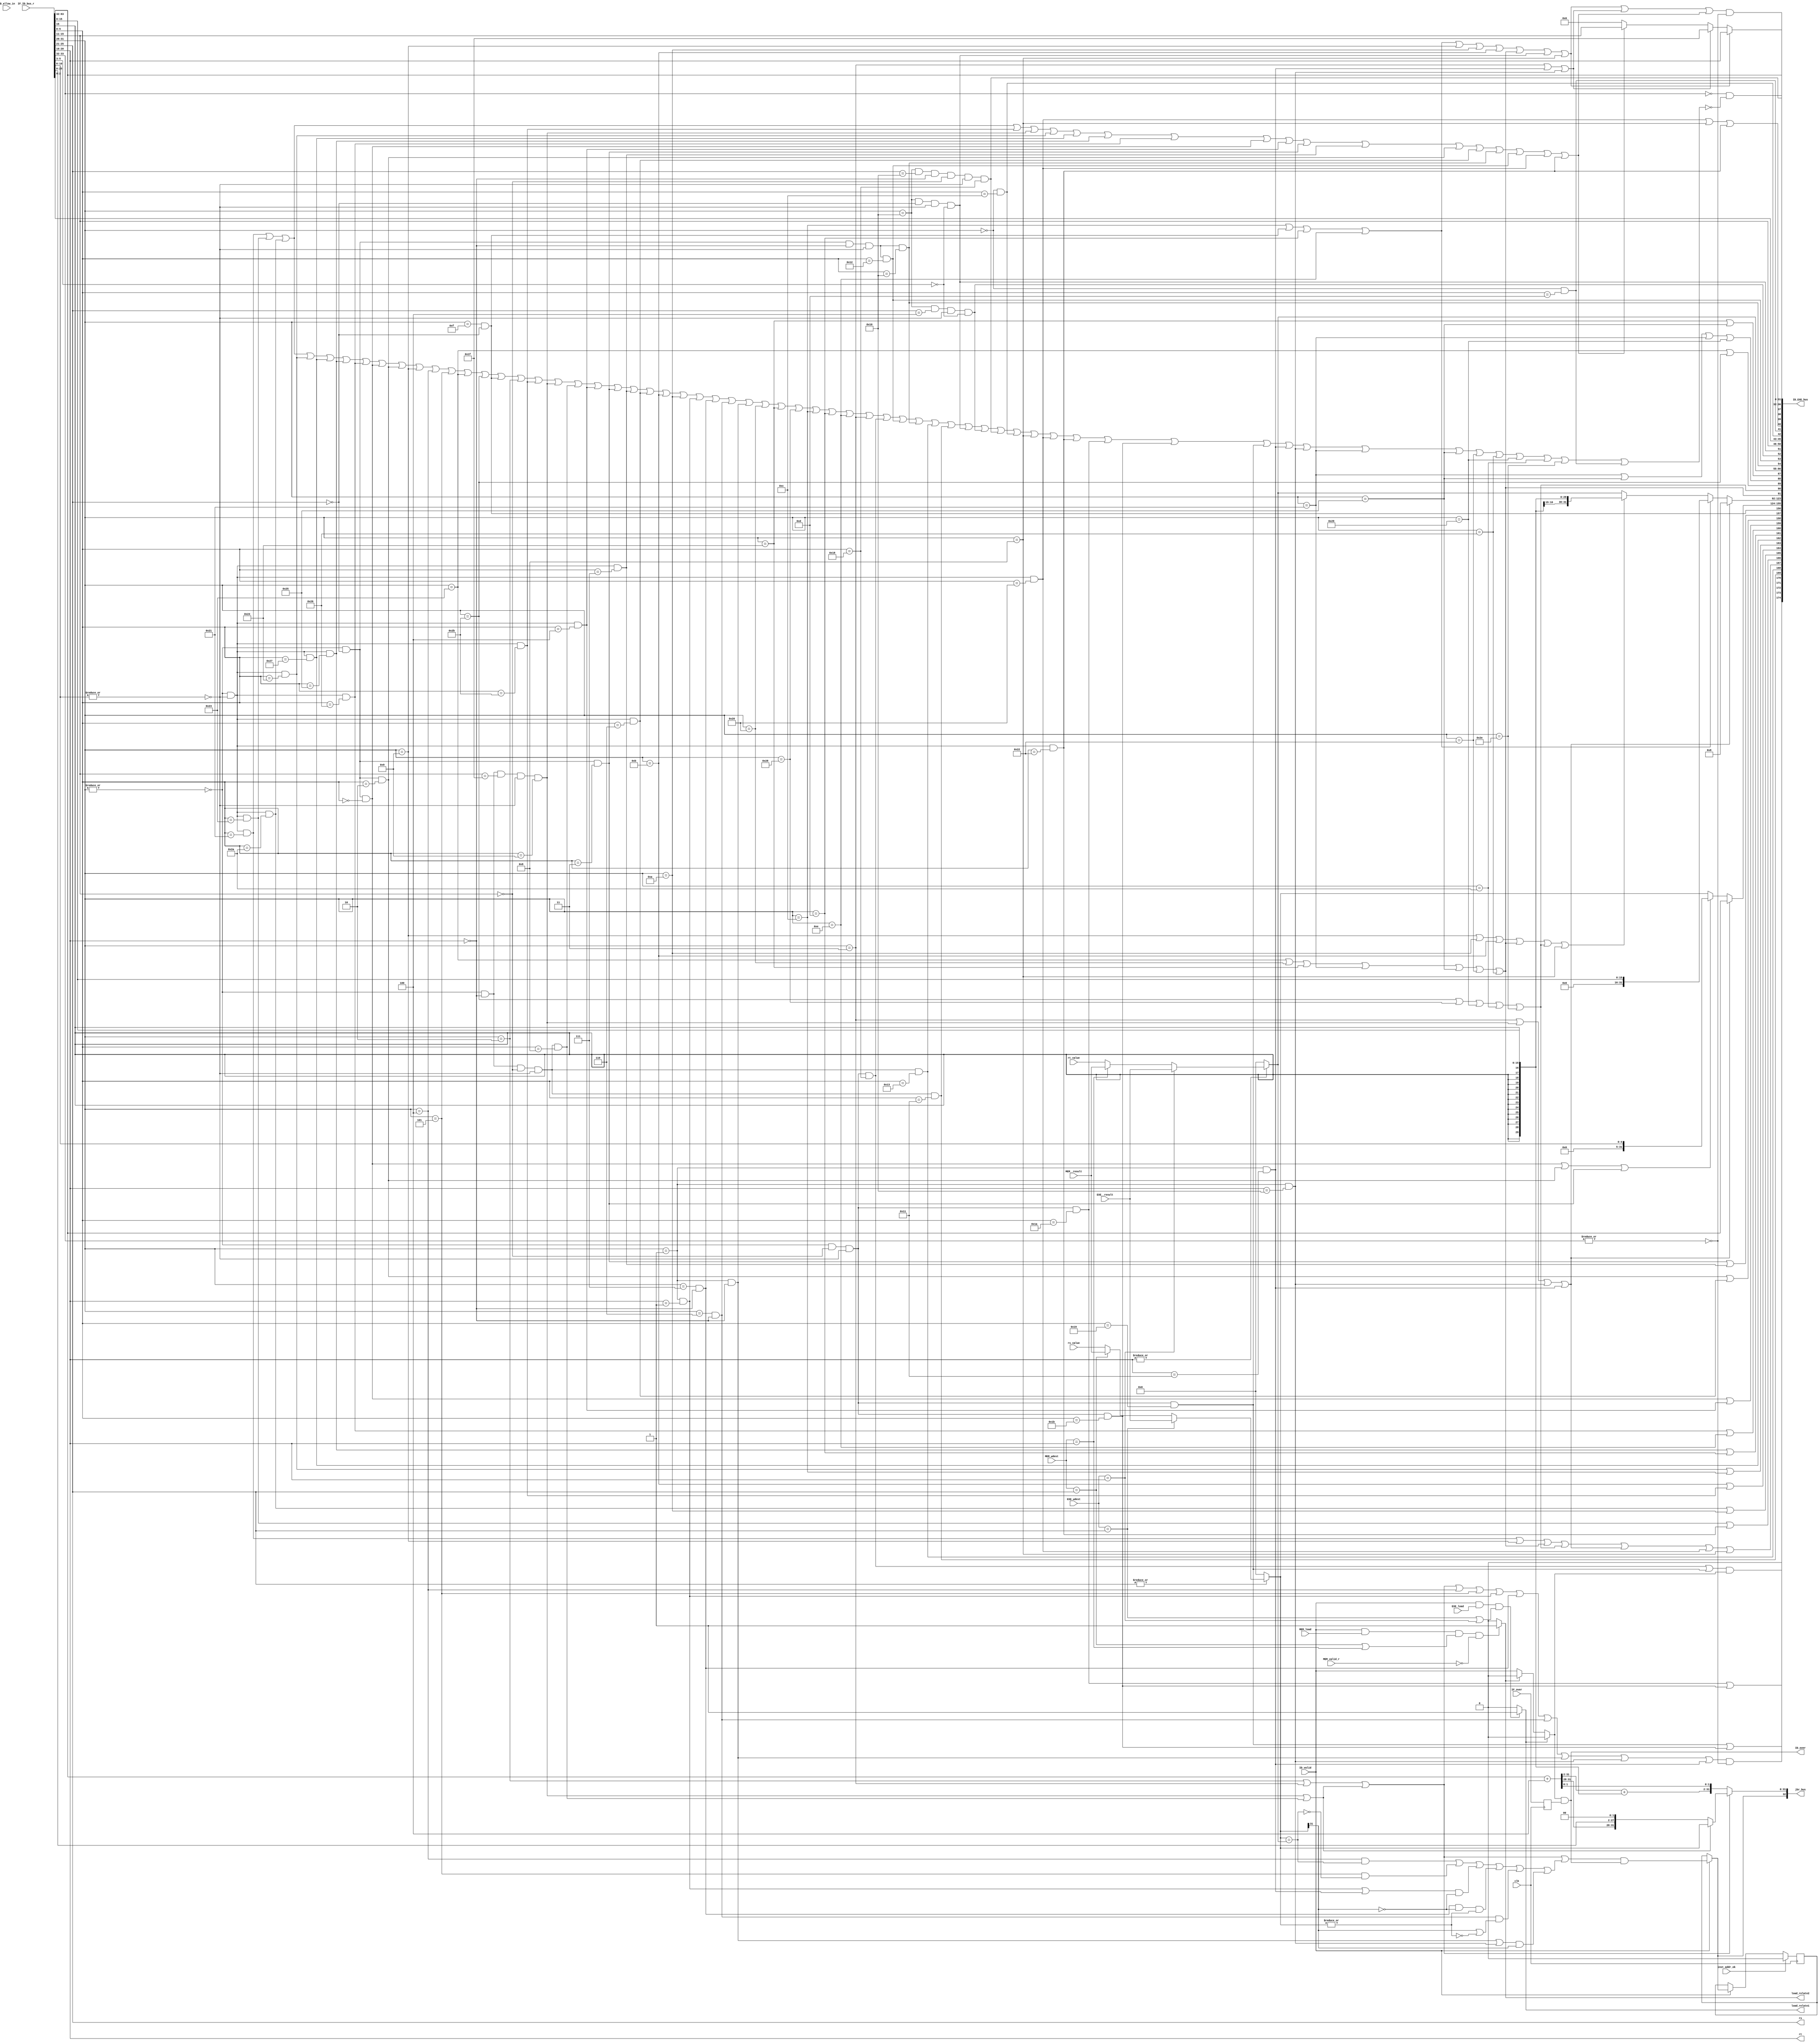
`timescale 1ns / 1ps

module decode(                      
    input              clk,         
    input              ID_valid,    
    input              ID_allow_in,
    input      [ 63:0] IF_ID_bus_r, 
    input      [ 31:0] rs_value,    
    input      [ 31:0] rt_value,    
    output     [  4:0] rs,          
    output     [  4:0] rt,          
    output     [ 32:0] jbr_bus,     
    output             ID_over, 
    output     [174:0] ID_EXE_bus,  
    input              inst_addr_ok ,

    input              IF_over,     
    input      [  4:0] EXE_wdest,   
    input      [ 31:0] EXE__result,
    input              EXE_load,
    input      [  4:0] MEM_wdest,   
    input      [ 31:0] MEM__result,
    input              MEM_load,
    input              MEM_valid_r, 
    output             load_relate1,
    output             load_relate2 
);
//-----{IF->ID}begin
    wire [31:0] pc;
    wire [31:0] inst;
    assign {pc, inst} = IF_ID_bus_r;  // IF->ID
//-----{IF->ID}end

//-----{??}begin
    wire [5:0] op;       
    wire [4:0] rd;       
    wire [4:0] sa;      
    wire [5:0] funct;    
    wire [15:0] imm;     
    wire [15:0] offset;  
    wire [25:0] target;  
    wire [2:0] cp0r_sel;

    assign op     = inst[31:26];  
    assign rs     = inst[25:21];  
    assign rt     = inst[20:16];  
    assign rd     = inst[15:11];  
    assign sa     = inst[10:6];   
    assign funct  = inst[5:0];    
    assign imm    = inst[15:0];   
    assign offset = inst[15:0];   
    assign target = inst[25:0];  
    assign cp0r_sel= inst[2:0];   // cp0 select
    

    wire inst_ADDU, inst_SUBU , inst_SLT , inst_AND;
    wire inst_NOR , inst_OR   , inst_XOR , inst_SLL;
    wire inst_SRL , inst_ADDIU, inst_BEQ , inst_BNE;
    wire inst_LW  , inst_SW   , inst_LUI , inst_J;
    wire inst_SLTU, inst_JALR , inst_JR  , inst_SLLV;
    wire inst_SRA , inst_SRAV , inst_SRLV, inst_SLTIU;
    wire inst_SLTI, inst_BGEZ , inst_BGTZ, inst_BLEZ;
    wire inst_BLTZ, inst_LB   , inst_LBU , inst_SB;
    wire inst_ANDI, inst_ORI  , inst_XORI, inst_JAL;
    wire inst_MULT, inst_MFLO , inst_MFHI, inst_MTLO;
    wire inst_MTHI, inst_MFC0 , inst_MTC0;
    wire inst_ERET, inst_SYSCALL;
    
    wire inst_ADDI, inst_ADD, inst_SUB;

    wire inst_DIV, inst_DIVU, inst_MULTU, inst_BGEZAL, inst_BLTZAL;
    wire inst_LH, inst_LHU, inst_LWL, inst_LWR;
    wire inst_SH, inst_SWL, inst_SWR;

    wire inst_BREAK;
    
    wire op_zero;
    wire sa_zero;
    assign op_zero = ~(|op);
    assign sa_zero = ~(|sa);
    assign inst_ADD   = op_zero & sa_zero & (funct == 6'b100000);
    assign inst_ADDU  = op_zero & sa_zero & (funct == 6'b100001);
    assign inst_ADDIU = (op == 6'b001001);
    assign inst_ADDI  = (op == 6'b001000);
    
    assign inst_SUB   = op_zero & sa_zero & (funct == 6'b100010);
    assign inst_SUBU  = op_zero & sa_zero & (funct == 6'b100011);
    
    assign inst_SLT   = op_zero & sa_zero & (funct == 6'b101010);
    assign inst_SLTU  = op_zero & sa_zero & (funct == 6'b101011);
    assign inst_SLTI  = (op == 6'b001010);
    assign inst_SLTIU = (op == 6'b001011);

    assign inst_DIV   = op_zero & (rd == 5'b00000)
                        & sa_zero & (funct == 6'b011010);
    assign inst_DIVU  = op_zero & (rd == 5'b00000)
                        & sa_zero & (funct == 6'b011011);

    assign inst_MULT  = op_zero & (rd==5'b00000)
                      & sa_zero & (funct == 6'b011000);
    assign inst_MULTU = op_zero & (rd == 5'b00000)
                      & sa_zero & (funct == 6'b011001);

    assign inst_AND   = op_zero & sa_zero & (funct == 6'b100100);
    assign inst_ANDI  = (op == 6'b001100);
    assign inst_LUI   = (op == 6'b001111) & (rs==5'd0);
    assign inst_NOR   = op_zero & sa_zero & (funct == 6'b100111);
    assign inst_OR    = op_zero & sa_zero & (funct == 6'b100101);
    assign inst_XOR   = op_zero & sa_zero & (funct == 6'b100110);
    assign inst_ORI   = (op == 6'b001101);
    assign inst_XORI  = (op == 6'b001110);

    assign inst_SLL   = op_zero & (rs==5'd0) & (funct == 6'b000000);
    assign inst_SLLV  = op_zero & sa_zero    & (funct == 6'b000100);
    assign inst_SRA   = op_zero & (rs==5'd0) & (funct == 6'b000011);
    assign inst_SRAV  = op_zero & sa_zero    & (funct == 6'b000111);
    assign inst_SRL   = op_zero & (rs==5'd0) & (funct == 6'b000010);
    assign inst_SRLV  = op_zero & sa_zero    & (funct == 6'b000110);

    assign inst_BEQ   = (op == 6'b000100);
    assign inst_BGEZ  = (op == 6'b000001) & (rt==5'd1);
    assign inst_BGTZ  = (op == 6'b000111) & (rt==5'd0);
    assign inst_BLEZ  = (op == 6'b000110) & (rt==5'd0);
    assign inst_BLTZ  = (op == 6'b000001) & (rt==5'd0);
    assign inst_BGEZAL  = (op == 6'b000001) & (rt == 5'b10001);
    assign inst_BLTZAL  = (op == 6'b000001) & (rt == 5'b10000); 
    assign inst_BNE   = (op == 6'b000101);
    assign inst_J     = (op == 6'b000010);
    assign inst_JAL   = (op == 6'b000011);

    wire ri_ex;
    assign ri_ex = pc[1:0] == 2'b0 & (~(inst_ADDU | inst_SUBU | inst_SLT | inst_AND |
                   inst_NOR  | inst_OR   | inst_XOR | inst_SLL |
                   inst_SRL  | inst_ADDIU| inst_BEQ | inst_BNE |
                   inst_LW   | inst_SW   | inst_LUI | inst_J   |
                   inst_SLTU | inst_JALR | inst_JR  | inst_SLLV|
                   inst_SRA  | inst_SRAV | inst_SRLV| inst_SLTIU|
                   inst_SLTI | inst_BGEZ | inst_BGTZ| inst_BLEZ|
                   inst_BLTZ | inst_LB   | inst_LBU | inst_SB  |
                   inst_ANDI | inst_ORI  | inst_XORI| inst_JAL |
                   inst_MULT | inst_MFLO | inst_MFHI| inst_MTLO|
                   inst_MTHI | inst_MFC0 | inst_MTC0|
                   inst_ERET | inst_SYSCALL|
                   inst_ADDI | inst_ADD  | inst_SUB |
                   inst_DIV  | inst_DIVU | inst_MULTU | inst_BGEZAL | inst_BLTZAL |
                   inst_LH   | inst_LHU  | inst_LWL | inst_LWR |
                   inst_SH   | inst_SWL  | inst_SWR |
                   inst_BREAK));
    assign inst_JALR  = op_zero & (rt==5'd0) & (rd==5'd31)
                      & sa_zero & (funct == 6'b001001);
    assign inst_JR    = op_zero & (rt==5'd0) & (rd==5'd0 )
                      & sa_zero & (funct == 6'b001000);

    assign inst_MFLO  = op_zero & (rs==5'd0) & (rt==5'd0)
                      & sa_zero & (funct == 6'b010010);
    assign inst_MFHI  = op_zero & (rs==5'd0) & (rt==5'd0)
                      & sa_zero & (funct == 6'b010000);
    assign inst_MTLO  = op_zero & (rt==5'd0) & (rd==5'd0)
                      & sa_zero & (funct == 6'b010011);
    assign inst_MTHI  = op_zero & (rt==5'd0) & (rd==5'd0)
                      & sa_zero & (funct == 6'b010001);

    assign inst_SYSCALL = (op == 6'b000000) & (funct == 6'b001100);
    assign inst_BREAK = (op == 6'b000000) & (funct == 6'b001101);

    assign inst_LW    = (op == 6'b100011);
    assign inst_SW    = (op == 6'b101011);
    assign inst_LB    = (op == 6'b100000);
    assign inst_LBU   = (op == 6'b100100);
    assign inst_LH    = (op == 6'b100001);
    assign inst_LHU   = (op == 6'b100101);
    assign inst_SB    = (op == 6'b101000);
    assign inst_SH    = (op == 6'b101001);
    assign inst_LWL   = (op == 6'b100010);
    assign inst_LWR   = (op == 6'b100110);
    assign inst_SWL   = (op == 6'b101010);
    assign inst_SWR   = (op == 6'b101110);
    
    assign inst_MFC0    = (op == 6'b010000) & (rs==5'd0) 
                        & sa_zero & (funct[5:3] == 3'b000);
    assign inst_MTC0    = (op == 6'b010000) & (rs==5'd4)
                        & sa_zero & (funct[5:3] == 3'b000);
    assign inst_ERET    = (op == 6'b010000) & (rs==5'd16) & (rt==5'd0)
                        & (rd==5'd0) & sa_zero & (funct == 6'b011000);

    

    wire inst_jr;    
    wire inst_j_link;
    wire inst_jbr;   
    assign inst_jr     = inst_JALR | inst_JR;
    assign inst_j_link = inst_JAL | inst_JALR | inst_BLTZAL | inst_BGEZAL;
    assign inst_jbr = inst_J    | inst_JAL  | inst_jr
                    | inst_BEQ  | inst_BNE  | inst_BGEZ
                    | inst_BGTZ | inst_BLEZ | inst_BLTZ
                    | inst_BLTZAL | inst_BGEZAL;
    
    //load store
    wire inst_load;
    wire inst_store;
    assign inst_load  = inst_LW | inst_LB | inst_LBU |
                        inst_LH | inst_LHU| inst_LWL |
                        inst_LWR;
    assign inst_store = inst_SW | inst_SB | inst_SH |
                        inst_SWL| inst_SWR;
    
    //alu operation
    wire inst_add, inst_sub, inst_slt,inst_sltu;
    wire inst_and, inst_nor, inst_or, inst_xor;
    wire inst_sll, inst_srl, inst_sra,inst_lui;
    assign inst_add = inst_ADDU | inst_ADDIU | inst_load
                    | inst_store | inst_j_link | inst_ADD
                    | inst_ADDI;
    assign inst_sub = inst_SUBU | inst_SUB;               
    assign inst_slt = inst_SLT | inst_SLTI;                
    assign inst_sltu= inst_SLTIU | inst_SLTU;             
    assign inst_and = inst_AND | inst_ANDI;                
    assign inst_nor = inst_NOR;                            
    assign inst_or  = inst_OR  | inst_ORI;                
    assign inst_xor = inst_XOR | inst_XORI;
    assign inst_sll = inst_SLL | inst_SLLV;
    assign inst_srl = inst_SRL | inst_SRLV;
    assign inst_sra = inst_SRA | inst_SRAV;
    assign inst_lui = inst_LUI;
    
    // ????sa?
    wire inst_shf_sa;
    assign inst_shf_sa =  inst_SLL | inst_SRL | inst_SRA;
    
    // ???????????
    wire inst_imm_zero; // 0??
    wire inst_imm_sign; // ?????
    assign inst_imm_zero = inst_ANDI  | inst_LUI  | inst_ORI | inst_XORI;
    assign inst_imm_sign = inst_ADDIU | inst_SLTI | inst_SLTIU
                         | inst_load | inst_store | inst_ADDI;
    
    // ????????
    wire inst_wdest_rt;  // ???rt???
    wire inst_wdest_31;  // 31????
    wire inst_wdest_rd;  // rd???
    assign inst_wdest_rt = inst_imm_zero | inst_ADDIU | inst_SLTI
                         | inst_SLTIU | inst_load | inst_MFC0 
                         | inst_ADDI;
    assign inst_wdest_31 = inst_JAL | inst_BGEZAL | inst_BLTZAL;
    assign inst_wdest_rd = inst_ADDU | inst_SUBU | inst_SLT  | inst_SLTU
                         | inst_JALR | inst_AND  | inst_NOR  | inst_OR 
                            | inst_XOR  | inst_SLL  | inst_SLLV | inst_SRA 
                         | inst_SRAV | inst_SRL  | inst_SRLV
                         | inst_MFHI | inst_MFLO | inst_ADD | inst_SUB;
                         

    wire inst_no_rs;  
    wire inst_no_rt;  
    assign inst_no_rs = inst_MTC0 | inst_SYSCALL | inst_ERET | inst_BREAK;
    assign inst_no_rt = inst_ADDIU | inst_SLTI | inst_SLTIU
                      | inst_BGEZ  | inst_load | inst_imm_zero
                      | inst_J     | inst_JAL  | inst_MFC0
                      | inst_SYSCALL | inst_ADDI | inst_BREAK;
//-----end
    
//-----begin
    //bd_pc,PC+4
    wire [31:0] rs_value_related;
    wire [31:0] rt_value_related;
    assign rs_value_related = !(|rs)            ? 31'b0       :     
                              (EXE_wdest == rs) ? EXE__result : 
                              (MEM_wdest == rs) ? MEM__result :
                              rs_value;   
    assign rt_value_related = !(|rt)            ? 31'b0       :
                              (EXE_wdest == rt) ? EXE__result : 
                              (MEM_wdest == rt) ? MEM__result :
                              rt_value;
    
    wire [31:0] bd_pc;   
    assign bd_pc = pc + 3'b100;
    
    wire        j_taken;
    wire [31:0] j_target;
    assign j_taken = inst_J | inst_JAL | inst_jr;
    assign j_target = inst_jr ? rs_value_related : {bd_pc[31:28],target,2'b00};

    //branch
    wire rs_equql_rt;
    wire rs_ez;
    wire rs_ltz;
    assign rs_equql_rt = rs_value_related == rt_value_related;  // GPR[rs]==GPR[rt]
    assign rs_ez       = ~(|rs_value_related);            // rs=0
    assign rs_ltz      = rs_value_related[31];            // rs<0
    wire br_taken;
    wire [31:0] br_target;
    assign br_taken = inst_BEQ  & rs_equql_rt
                    | inst_BNE  & ~rs_equql_rt
                    | (inst_BGEZ | inst_BGEZAL) & ~rs_ltz
                    | inst_BGTZ & ~rs_ltz & ~rs_ez
                    | inst_BLEZ & (rs_ltz | rs_ez)
                    | (inst_BLTZ | inst_BLTZAL) & rs_ltz;

    assign br_target[31:2] = bd_pc[31:2] + {{14{offset[15]}}, offset};  
    assign br_target[1:0]  = bd_pc[1:0];
    

    wire jbr_taken;
    reg  jbr_taken_;
    wire [31:0] jbr_target;
    
    always @(posedge clk) 
    begin
        if(inst_addr_ok)
        begin
            jbr_taken_ <= 1'b0;
        end
        else if(ID_valid)
        begin
            jbr_taken_ <= jbr_taken;
        end
    end    

    assign jbr_target = j_taken ? j_target : br_target;
    assign jbr_taken = ID_valid ? ((j_taken | br_taken) & ID_over) :jbr_taken_; 

    assign jbr_bus = {jbr_taken, jbr_target};
//-----end


    assign load_relate1 = (ID_valid && EXE_load && ((EXE_wdest == rs) || (EXE_wdest == rt))) ? 1'b1 : 1'b0;
    assign load_relate2 = (ID_valid && MEM_load && ((MEM_wdest == rs) || (MEM_wdest == rt)) && !MEM_valid_r) ? 1'b1 : 1'b0;

    wire ID_valid_;
    assign ID_valid_ = load_relate1 ? 1'b0 :
                       load_relate2 ? 1'b0 :
                       ID_valid;
    reg IF_over_;
    always @(posedge clk) 
    begin
        IF_over_ <= IF_over;
    end

    //assign ID_over = ID_valid_  & (~inst_jbr | IF_over_);
    assign ID_over = ID_valid_  & IF_over_;

    wire ID_multiply;         
    wire divider;
    wire mthi;             //MTHI
    wire mtlo;             //MTLO
    assign ID_multiply = ( inst_MULT | inst_MULTU ) & ID_valid_;
    assign divider = inst_DIV | inst_DIVU;
    assign mthi     = inst_MTHI;
    assign mtlo     = inst_MTLO;

    wire [11:0] alu_control;
    wire [31:0] alu_operand1;
    wire [31:0] alu_operand2;
    

    assign alu_operand1 = inst_j_link ? pc : 
                          inst_shf_sa ? {27'd0,sa} : 
                          rs_value_related;
    assign alu_operand2 = inst_j_link ? 32'd8 :  
                          inst_imm_zero ? {16'd0, imm} :
                          inst_imm_sign ?  {{16{imm[15]}}, imm} : 
                          rt_value_related;
    assign alu_control = {inst_add,        
                          inst_sub,
                          inst_slt,
                          inst_sltu,
                          inst_and,
                          inst_nor,
                          inst_or, 
                          inst_xor,
                          inst_sll,
                          inst_srl,
                          inst_sra,
                          inst_lui};

    wire l_unsign;  // unsigned load
    wire ls_word;   //load/store instruction
    wire ls_dbyte;
    wire [4:0] mem_control;  //MEM
    wire [31:0] store_data;  //store
    assign l_unsign = inst_LBU | inst_LHU;
    assign ls_dbyte = inst_LH | inst_LHU | inst_LH | inst_SH;
    assign ls_word = inst_LW | inst_SW;
    assign mem_control = {inst_load,
                          inst_store,
                          ls_word,
                          ls_dbyte,
                          l_unsign };
                          

    wire mfhi;
    wire mflo;
    wire mtc0;
    wire mfc0;
    wire [7 :0] cp0r_addr;
    wire       syscall;   
    wire       break;
    wire       eret;
    wire       rf_wen;    
    wire [4:0] rf_wdest;  
    assign syscall  = inst_SYSCALL;
    assign break    = inst_BREAK;
    assign eret     = inst_ERET;
    assign mfhi     = inst_MFHI;
    assign mflo     = inst_MFLO;
    assign mtc0     = inst_MTC0;
    assign mfc0     = inst_MFC0;
    assign cp0r_addr= {rd,cp0r_sel};
    assign rf_wen   = (inst_wdest_rt | inst_wdest_31 | inst_wdest_rd) & ~(|pc[1:0]);
    assign rf_wdest = inst_wdest_rt ? rt :     
                      inst_wdest_31 ? 5'd31 :  
                      inst_wdest_rd ? rd : 5'd0;
    assign store_data = rt_value_related;
    wire unsined_op;
    wire add_sub;
    assign add_sub = inst_ADD | inst_ADDI | inst_SUB;
    assign unsined_op = inst_MULTU | inst_DIVU;
    assign ID_EXE_bus = {inst_jbr & ~(|pc[1:0]),ID_multiply,divider,unsined_op,mthi,mtlo,                  
                         alu_control,alu_operand1,alu_operand2,
                         mem_control,store_data,              
                         mfhi,mflo,                           
                         mtc0,mfc0,cp0r_addr,syscall,break,add_sub,ri_ex,eret,    
                         rf_wen, rf_wdest,                    
                         pc};                               
//-----{ID->EXE}end

endmodule